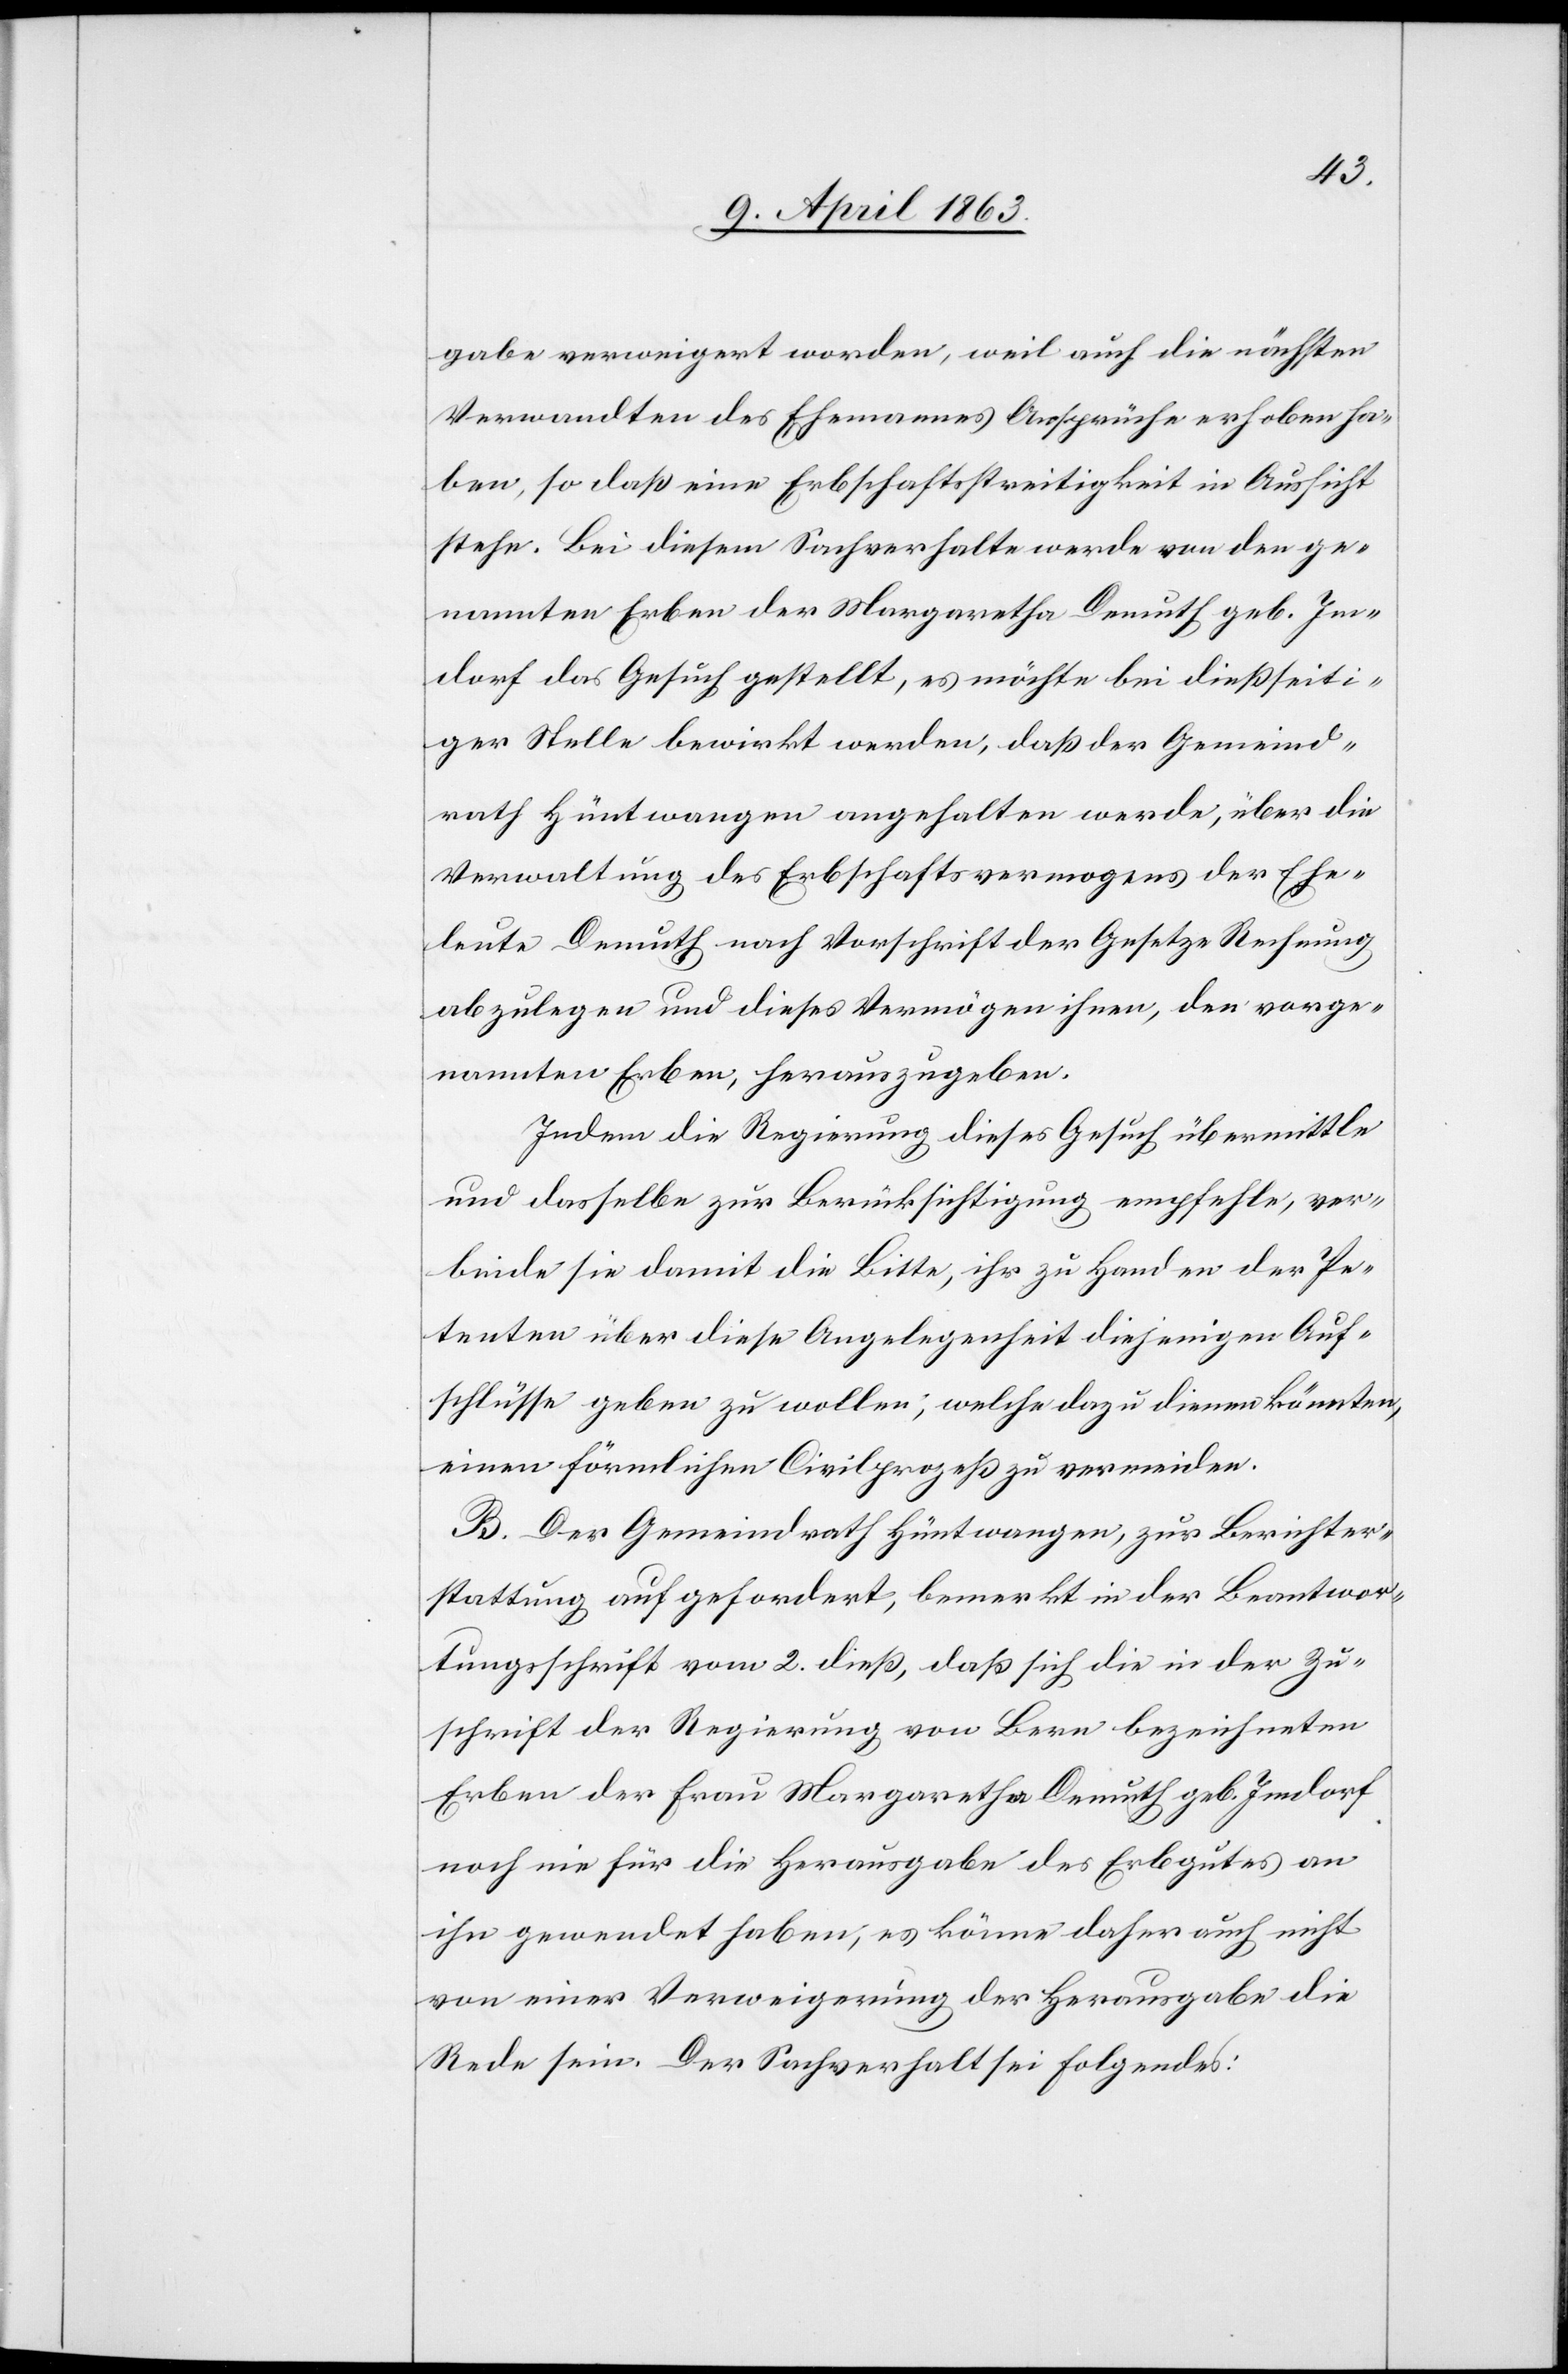
gabe verweigert worden, weil auch die nächsten
Verwandten des Ehemannes Ansprüche erhoben ha¬
ben, so daß eine Erbschaftsstreitigkeit in Aussicht
stehe. Bei diesem Sachverhalte werde von den ge¬
nannten Erben der Margaretha Demuth geb. Im¬
dorf das Gesuch gestellt, es möchte bei dießseiti¬
ger Stelle bewirkt werden, daß der Gemeind¬
rath Hüntwangen angehalten werde, über die
Verwaltung des Erbschaftsvermogens [sic!] der Ehe¬
leute Demuth nach Vorschrift der Gesetze Rechnung
abzulegen und dieses Vermögen ihnen, den vorge¬
nannten Erben, herauszugeben.
Indem die Regierung dieses Gesuch übermittle
und dasselbe zur Berücksichtigung empfehle, ver¬
binde sie damit die Bitte, ihr zu Handen der Pe¬
tenten über diese Angelegenheit diejenigen Auf¬
schlüsse geben zu wollen; welche dazu dienen könnten,
einen förmlichen Civilprozeß zu vermeiden.
B. Der Gemeindrath Hüntwangen, zur Berichter¬
stattung aufgefordert, bemerkt in der Beantwor¬
tungsschrift vom 2. dieß, daß sich die in der Zu¬
schrift der Regierung von Bern bezeichneten
Erben der Frau Margaretha Demuth geb. Imdorf
noch nie für die Herausgabe des Erbgutes an
ihn gewendet haben, es könne daher auch nicht
von einer Verweigerung der Herausgabe die
Rede sein. Der Sachverhalt sei Folgendes: